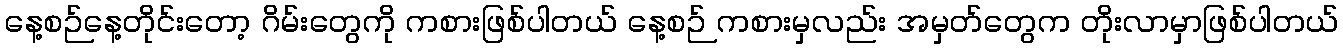
နေ့စဉ်နေ့တိုင်းတော့ ဂိမ်းတွေကို ကစားဖြစ်ပါတယ် နေ့စဉ် ကစားမှလည်း အမှတ်တွေက တိုးလာမှာဖြစ်ပါတယ်